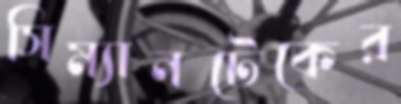
সিম্যানটেকের